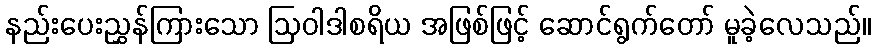
နည်းပေးညွှန်ကြားသော ဩဝါဒါစရိယ အဖြစ်ဖြင့် ဆောင်ရွက်တော် မူခဲ့လေသည်။